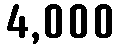
4,000